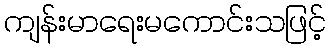
ကျန်းမာရေးမကောင်းသဖြင့်